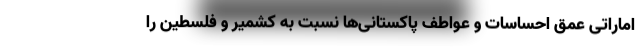
اماراتی عمق احساسات و عواطف پاکستانی‌ها نسبت به کشمیر و فلسطین را